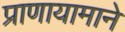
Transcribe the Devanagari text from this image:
प्राणायामाने